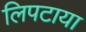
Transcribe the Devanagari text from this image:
लिपटाया